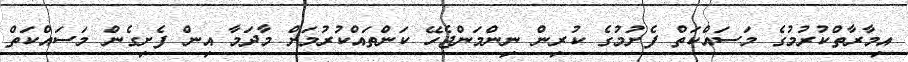
އިމާރާތްކުރުމުގެ މަސައްކަތް ފެށުމުގެ ކުރިން ނިންމަންޖެހޭ ކަންތައްކުރުމަށް މާދަމާ އިން ފެށިގެން މަސައްކަތް